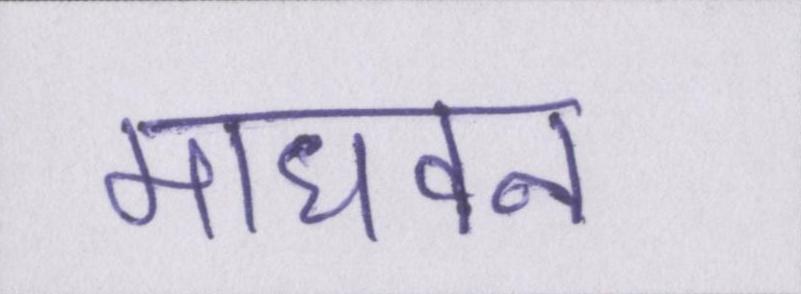
माधवन